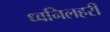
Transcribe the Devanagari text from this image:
ध्वनिलहरी